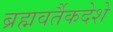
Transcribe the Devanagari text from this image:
ब्रह्मवर्तैकदेशे